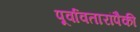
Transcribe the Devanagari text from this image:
पूर्वावतारांपैकी